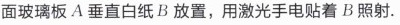
面玻璃板A垂直白纸B放置，用激光手电贴着B照射。